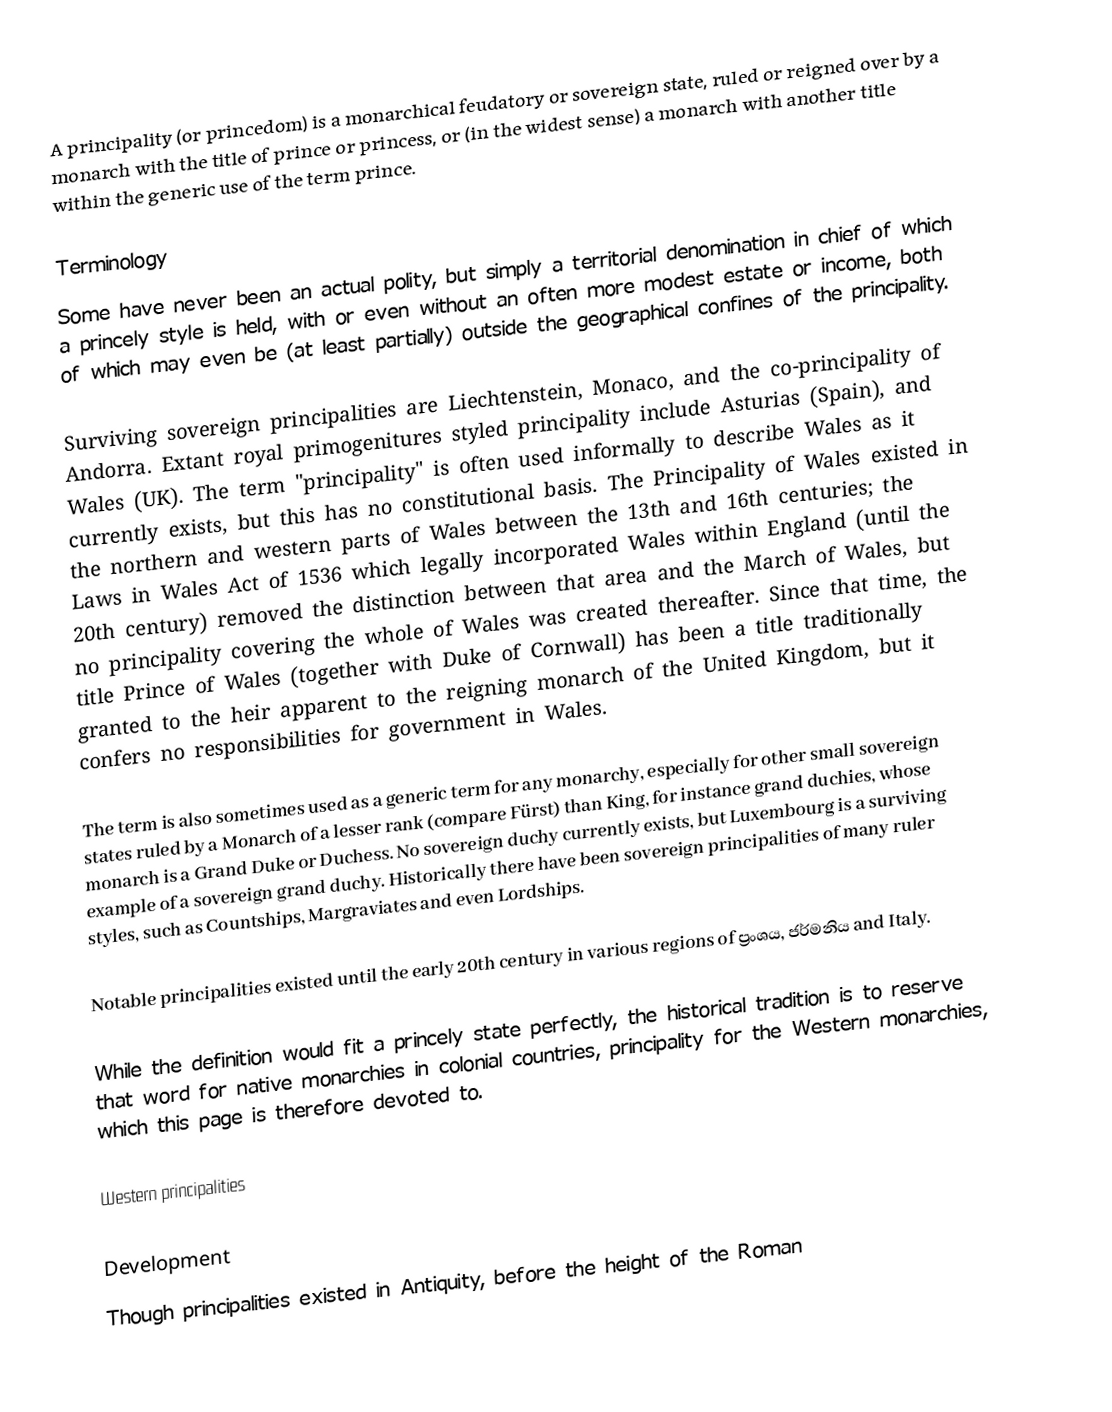
A principality (or princedom) is a monarchical feudatory or sovereign state, ruled or reigned over by a monarch with the title of prince or princess, or (in the widest sense) a monarch with another title within the generic use of the term prince.

Terminology
Some have never been an actual polity, but simply a territorial denomination in chief of which a princely style is held, with or even without an often more modest estate or income, both of which may even be (at least partially) outside the geographical confines of the principality.

Surviving sovereign principalities are Liechtenstein, Monaco, and the co-principality of Andorra. Extant royal primogenitures styled principality include Asturias (Spain), and Wales (UK).  The term "principality" is often used informally to describe Wales as it currently exists, but this has no constitutional basis.  The Principality of Wales existed in the northern and western parts of Wales between the 13th and 16th centuries; the Laws in Wales Act of 1536 which legally incorporated Wales within England (until the 20th century) removed the distinction between that area and the March of Wales, but no principality covering the whole of Wales was created thereafter.  Since that time, the title Prince of Wales (together with Duke of Cornwall) has been a title traditionally granted to the heir apparent to the reigning monarch of the United Kingdom, but it confers no responsibilities for government in Wales.

The term is also sometimes used as a generic term for any monarchy, especially for other small sovereign states ruled by a Monarch of a lesser rank (compare Fürst) than King, for instance grand duchies, whose monarch is a Grand Duke or Duchess. No sovereign duchy currently exists, but Luxembourg is a surviving example of a sovereign grand duchy. Historically there have been sovereign principalities of many ruler styles, such as Countships, Margraviates and even Lordships.

Notable principalities existed until the early 20th century in various regions of ප්‍රංශය, ජර්මනිය and Italy.

While the definition would fit a princely state perfectly, the historical tradition is to reserve that word for native monarchies in colonial countries, principality for the Western monarchies, which this page is therefore devoted to.

Western principalities

Development
Though principalities existed in Antiquity, before the height of the Roman